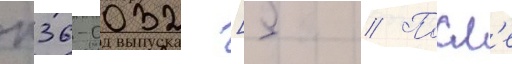
п36-0032 [5 // Посл'е